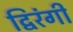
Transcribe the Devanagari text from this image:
द्विरंगी